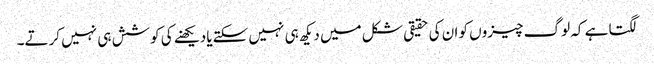
لگتا ہے کہ لوگ چیزوں کو ان کی حقیقی شکل میں دیکھ ہی نہیں سکتےیا دیکھنے کی کوشش ہی نہیں کرتے۔